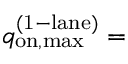
q _ { \mathrm { o n , m a x } } ^ { \mathrm { ( 1 - l a n e ) } } =